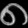
Digit: ၈